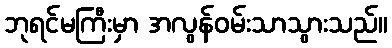
ဘုရင်မကြီးမှာ အလွန်ဝမ်းသာသွားသည်။